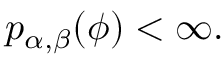
p _ { \alpha , \beta } ( \phi ) < \infty .